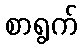
စာရွက်